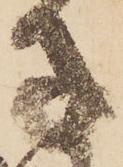
子